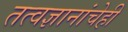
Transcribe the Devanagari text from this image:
तत्वज्ञानांचेही